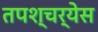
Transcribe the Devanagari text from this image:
तपश्चर्येस